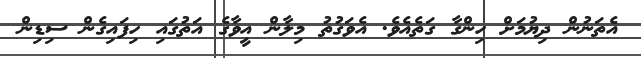
އެތަނުން ދިޔުމަށް ހިންގާ ގަތެއެވެ. އެވަގުތު މިލާން އީވާގެ އަތުގައި ހިފައިގެން ސިޑިން